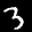
Label: 3